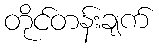
တိုင်တန်းချက်